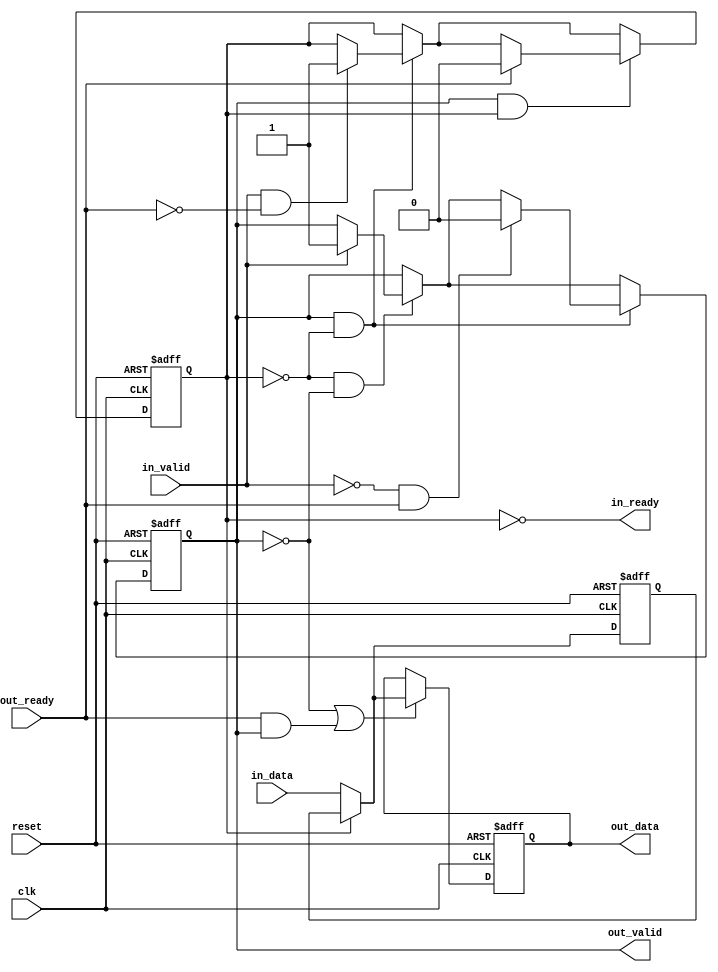
module altera_avalon_st_pipeline_base (
                                       clk,
                                       reset,
                                       in_ready,
                                       in_valid,
                                       in_data,
                                       out_ready,
                                       out_valid,
                                       out_data
                                       );
   parameter  SYMBOLS_PER_BEAT  = 1;
   parameter  BITS_PER_SYMBOL   = 8;
   parameter  PIPELINE_READY    = 1;
   localparam DATA_WIDTH = SYMBOLS_PER_BEAT * BITS_PER_SYMBOL;
   input clk;
   input reset;
   output in_ready;
   input  in_valid;
   input [DATA_WIDTH-1:0] in_data;
   input                  out_ready;
   output                 out_valid;
   output [DATA_WIDTH-1:0] out_data;
   reg                     full0;
   reg                     full1;
   reg [DATA_WIDTH-1:0]    data0;
   reg [DATA_WIDTH-1:0]    data1;
   assign out_valid = full1;
   assign out_data  = data1;    
   generate if (PIPELINE_READY == 1) 
     begin : REGISTERED_READY_PLINE
        assign in_ready  = !full0;
        always @(posedge clk, posedge reset) begin
           if (reset) begin
              data0 <= {DATA_WIDTH{1'b0}};
              data1 <= {DATA_WIDTH{1'b0}};
           end else begin
              if (~full0)
                data0 <= in_data;
              if (~full1 || (out_ready && out_valid)) begin
                 if (full0)
                   data1 <= data0;
                 else
                   data1 <= in_data;
              end
           end
        end
        always @(posedge clk or posedge reset) begin
           if (reset) begin
              full0    <= 1'b0;
              full1    <= 1'b0;
           end else begin
              if (~full0 & ~full1) begin
                 if (in_valid) begin
                    full1 <= 1'b1;
                 end
              end 
              if (full1 & ~full0) begin
                 if (in_valid & ~out_ready) begin
                    full0 <= 1'b1;
                 end
                 if (~in_valid & out_ready) begin
                    full1 <= 1'b0;
                 end
              end 
              if (full1 & full0) begin
                 if (out_ready) begin
                    full0 <= 1'b0;
                 end
              end 
           end
        end
     end 
   else 
     begin : UNREGISTERED_READY_PLINE
	assign in_ready = (~full1) | out_ready;
	always @(posedge clk or posedge reset) begin
	   if (reset) begin
	      data1 <= 'b0;
	      full1 <= 1'b0;
	   end
	   else begin
	      if (in_ready) begin
		 data1 <= in_data;
		 full1 <= in_valid;
	      end
	   end
	end		
     end
   endgenerate
endmodule